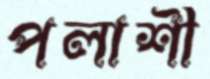
পলাশী